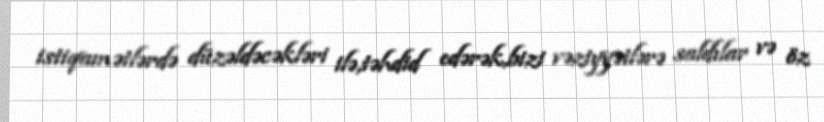
istiqamətlərdə düzəldəcəkləri ilə,təhdid edərək,bizi vəziyyətlərə saldılar və öz